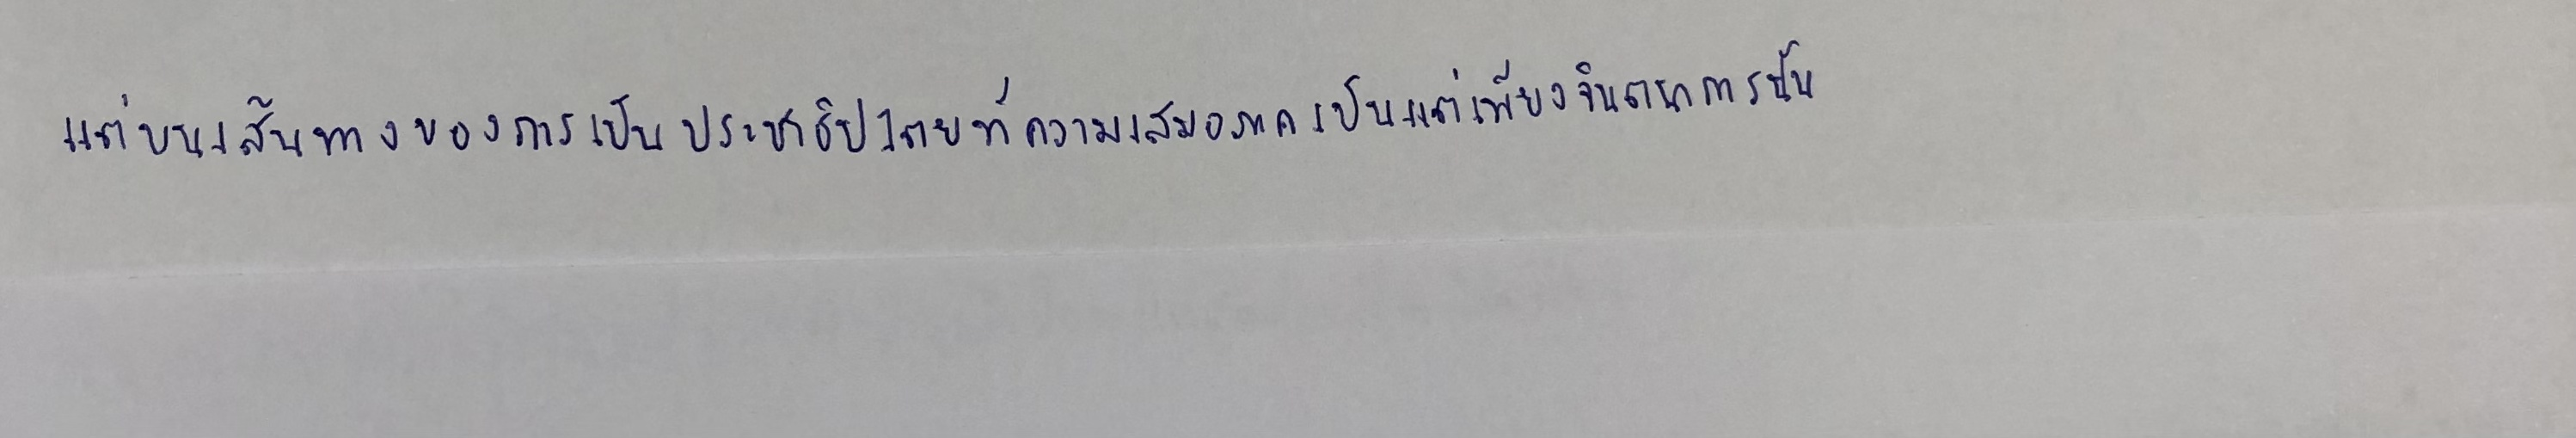
แต่บนเส้นทางของการเป็นประชาธิปไตยที่ความเสมอภาคเป็นแต่เพียงจินตนาการนั้น